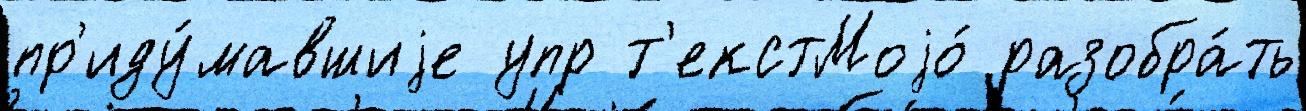
пр'иду́мавшиjе упр т'екстМоjо́ разобра́ть